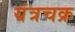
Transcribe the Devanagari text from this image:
यंत्रचक्र